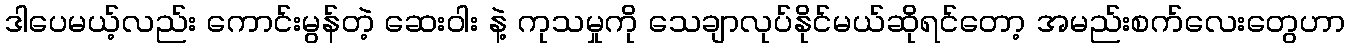
ဒါပေမယ့်လည်း ကောင်းမွန်တဲ့ ဆေးဝါး နဲ့ ကုသမှုကို သေချာလုပ်နိုင်မယ်ဆိုရင်တော့ အမည်းစက်လေးတွေဟာ